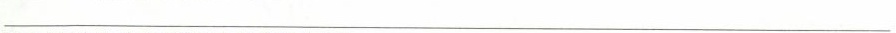
___